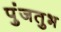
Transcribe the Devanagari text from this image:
पुंजतुभ